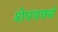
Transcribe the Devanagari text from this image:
शेपवर्क्स